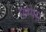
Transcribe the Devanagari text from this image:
पाम्पस